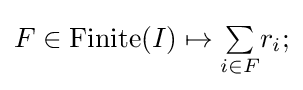
F\in \operatorname {Finite} (I)\mapsto {\textstyle \sum \limits _{i\in F}}r_{i};